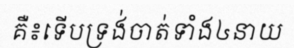
គឺ៖ទើបទ្រង់ចាត់ទាំង៤នាយ